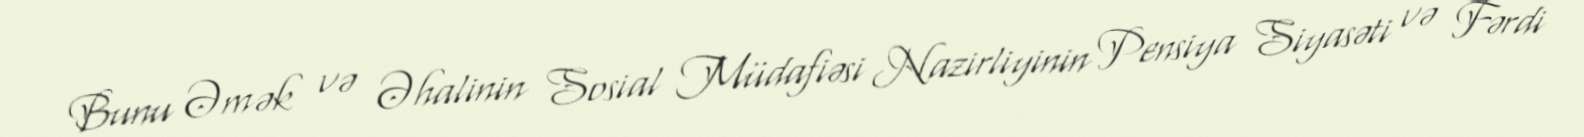
Bunu Əmək və Əhalinin Sosial Müdafiəsi Nazirliyinin Pensiya Siyasəti və Fərdi